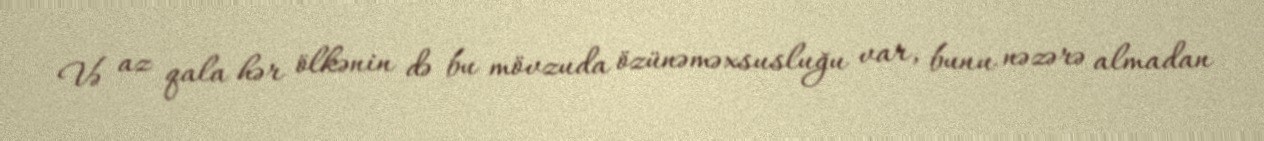
Və az qala hər ölkənin də bu mövzuda özünəməxsusluğu var, bunu nəzərə almadan